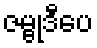
ဇမ္ဗုဒီပေ